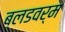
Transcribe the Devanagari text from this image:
ब्लडवर्म